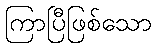
ကြာပြီဖြစ်သော